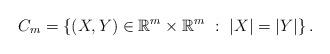
LaTeX: \begin{align*}C_m=\left\{(X,Y)\in\mathbb{R}^{m}\times\mathbb{R}^{m} \ : \ |X|=|Y| \right\}.\end{align*}